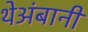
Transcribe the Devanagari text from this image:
थेअंबानी